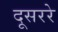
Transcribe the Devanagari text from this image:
दूसररे